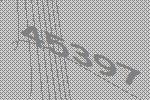
45397